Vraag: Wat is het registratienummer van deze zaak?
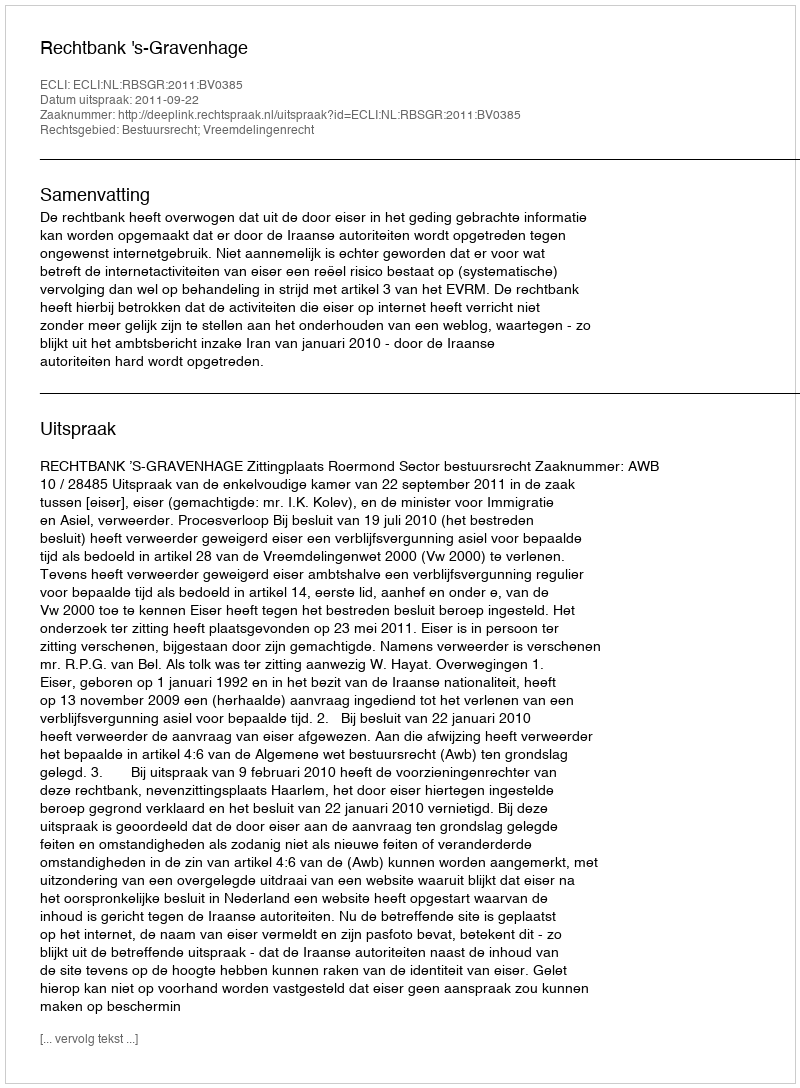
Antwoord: http://deeplink.rechtspraak.nl/uitspraak?id=ECLI:NL:RBSGR:2011:BV0385